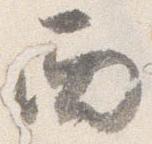
西